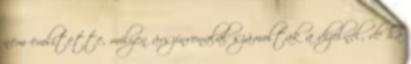
nem említette, milyen árszínvonalal számoltak a dízelnél, de ha